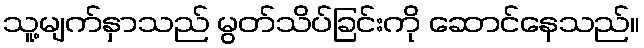
သူ့မျက်နှာသည် မွတ်သိပ်ခြင်းကို ဆောင်နေသည်။